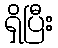
ရှိပြီး